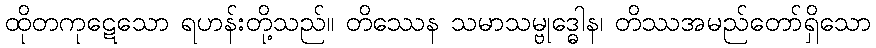
ထိုတကုဋေသော ရဟန်းတို့သည်။ တိဿေန သမာသမ္ဗုဒ္ဓေါန၊ တိဿအမည်တော်ရှိသော